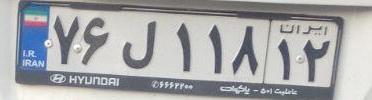
۷۶ل۱۱۸۱۲